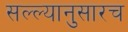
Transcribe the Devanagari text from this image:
सल्ल्यानुसारच